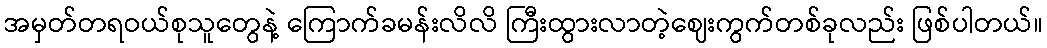
အမှတ်တရဝယ်စုသူတွေနဲ့ ကြောက်ခမန်းလိလိ ကြီးထွားလာတဲ့ဈေးကွက်တစ်ခုလည်း ဖြစ်ပါတယ်။